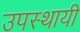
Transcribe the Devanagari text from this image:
उपस्थायी